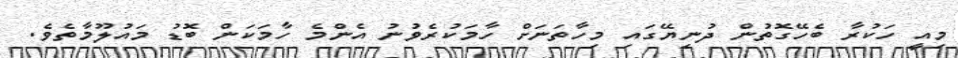
މިއީ ހަކުރާ ބެހޭގޮތުން ދުނިޔޭގައި މިހާތަނަށް ހާމަކުރެވުނު އެންމެ ހާމަކަން ބޮޑު މައުލޫމާތެވެ.